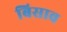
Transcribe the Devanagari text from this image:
बिसाव